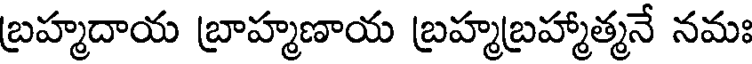
బ్రహ్మదాయ బ్రాహ్మణాయ బ్రహ్మబ్రహ్మాత్మనే నమః